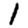
Digit: 1